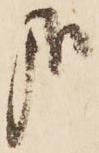
哉